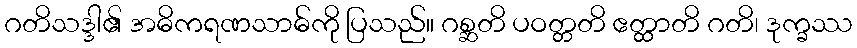
ဂတိသဒ္ဒါ၏ အဓိကရဏသာဓ်ကို ပြသည်။ ဂစ္ဆတိ ပဝတ္တတိ ဧတ္ထာတိ ဂတိ၊ ဒုက္ခဿ